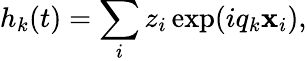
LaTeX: h_{k}(t)=\sum_{i}z_{i}\exp(iq_{k}\mathbf{x}_{i}),